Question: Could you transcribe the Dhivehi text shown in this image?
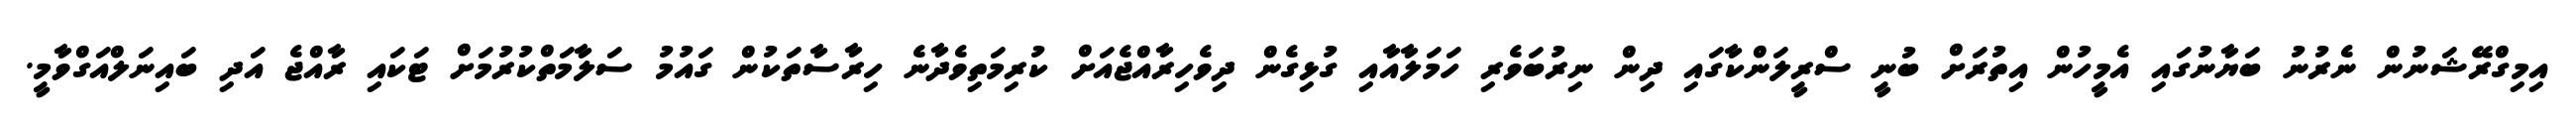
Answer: އިމިގްރޭޝަނުން ނެރުނު ބަޔާނުގައި އެމީހުން އިތުރަށް ބުނީ ސްރީލަންކާގައި ދިން ނިރުބަވެރި ހަމަލާއާއި ގުޅިގެން ދިވެހިރާއްޖެއަށް ކުރިމަތިވެދާނެ ހިރާސާތަކުން ގައުމު ސަލާމަތްކުރުމަށް ޓަކައި ރާއްޖެ އަދި ބައިނަލްއަގްވާމީ.